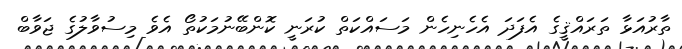
ތާރުއަޅާ ތަރައްޤީގެ އެފަދަ އެހެނިހެން މަސައްކަތް ކުރަނީ ކޮންބޭނުމަކުތޯ އެވެ މިސުވާލުގެ ޖަވާބް